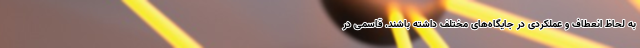
به لحاظ انعطاف و عملکردی در جایگاه‌های مختلف داشته باشند. قاسمی در